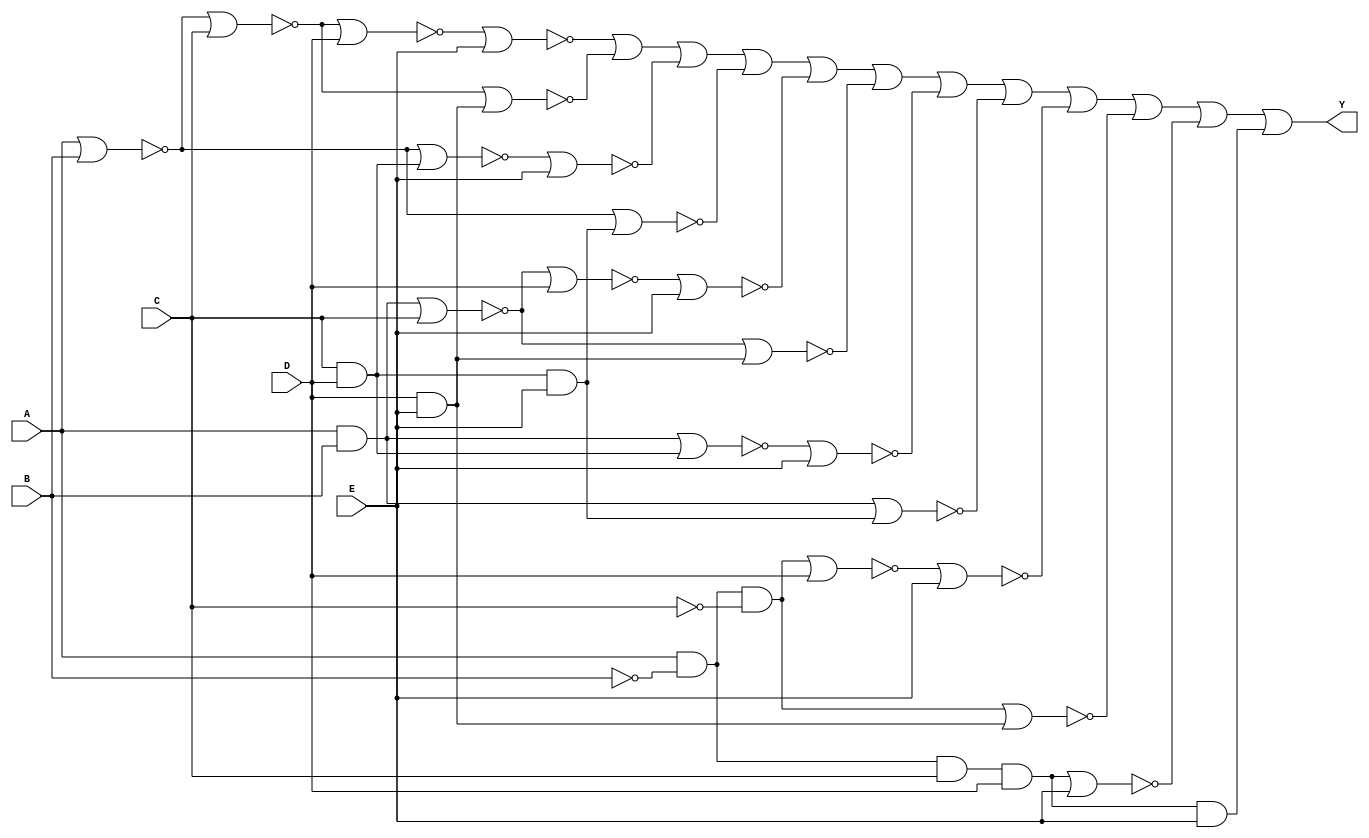
module five_variable_kmap (
    input wire A,  // Input variable A
    input wire B,  // Input variable B
    input wire C,  // Input variable C
    input wire D,  // Input variable D
    input wire E,  // Input variable E
    output wire Y  // Output variable Y
);

// The output Y is derived from the simplified logic expression obtained from the K-map.
// This example assumes the following minterms are '1' according to a hypothetical K-map:
// Minterms: 0, 1, 2, 3, 8, 9, 10, 11, 16, 17, 18, 19
// This corresponds to the following binary combinations:
// 00000, 00001, 00010, 00011, 01000, 01001, 01010, 01011, 10000, 10001, 10010, 10011

assign Y = (A ~| B ~| C ~| D ~| E) |  // minterm 0
           (A ~| B ~| C ~| D & E) |  // minterm 1
           (A ~| B ~| C & D ~| E) |  // minterm 2
           (A ~| B ~| C & D & E) |  // minterm 3
           (A & B ~| C ~| D ~| E) |  // minterm 8
           (A & B ~| C ~| D & E) |  // minterm 9
           (A & B ~| C & D ~| E) |  // minterm 10
           (A & B ~| C & D & E) |  // minterm 11
           (A & ~| B & ~| C ~| D ~| E) |  // minterm 16
           (A & ~| B & ~| C ~| D & E) |  // minterm 17
           (A & ~| B & C & D ~| E) |  // minterm 18
           (A & ~| B & C & D & E);   // minterm 19

endmodule